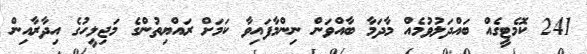
241 ކޮމެޓީގެއް ބައްދަލުވުމެއް މާދަމާ ބާއްވަން ނިންމާފައިވާ ކަމަށް ރައްޔިތުންގެ މަޖިލީހުގެ އިދާރާއިން